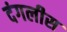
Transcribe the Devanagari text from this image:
दंगलीस